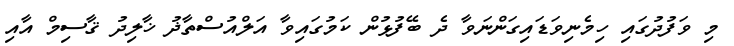
މި ވަފުދުގައި ހިމެނިވަޑައިގަންނަވާ ދެ ބޭފުޅުން ކަމުގައިވާ އަލްއުސްތާޛު ޚާލިދު ޤާސިމް އާއި